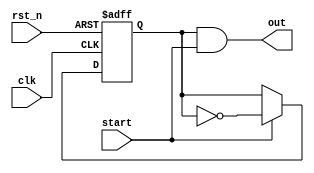
`timescale 1ns / 1ps
//////////////////////////////////////////////////////////////////////////////////
// Company: 
// Engineer: 
// 
// Design Name: 
// Module Name:    SLB_counter2 
// Project Name: 
// Target Devices: 
// Tool versions: 
// Description: 
//
// Dependencies: 
//
// Revision: 
// Revision 0.01 - File Created
// Additional Comments: 
//
//////////////////////////////////////////////////////////////////////////////////
module SLB_counter2(
    output out,
    input clk,
    input rst_n,
    input start
    );

reg count_reg;

always@(posedge clk or negedge rst_n) begin
    if(!rst_n) count_reg <= 1'b0;
    else if(start) count_reg <= ~count_reg;
         else count_reg <= count_reg;
end

assign out = count_reg&start;

endmodule